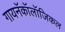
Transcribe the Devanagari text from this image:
गायनॅकॉलॉजिकल